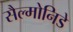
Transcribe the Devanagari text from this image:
सैल्मोनिडे